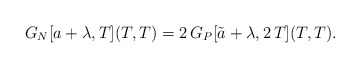
\begin{align*}G_N[a+\lambda,T](T,T)=2\, G_P[\tilde a+\lambda,2\,T](T,T).\end{align*}